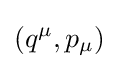
(q^{\mu },p_{\mu })